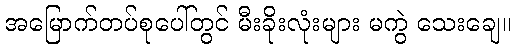
အမြောက်တပ်စုပေါ်တွင် မီးခိုးလုံးများ မကွဲ သေးချေ။